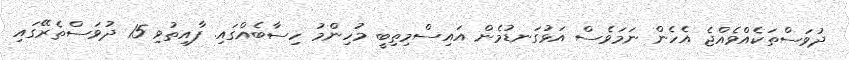
ދުވަސްތަކެއްވެއްޖެ އެހެން ނަމަވެސް އަޅުގަނޑުމެން އައިސްމިތިބީ މުހިންމު ހިސާބެއްގައި. ފާއިތުވި 15 ދުވަސްތެރޭގައި